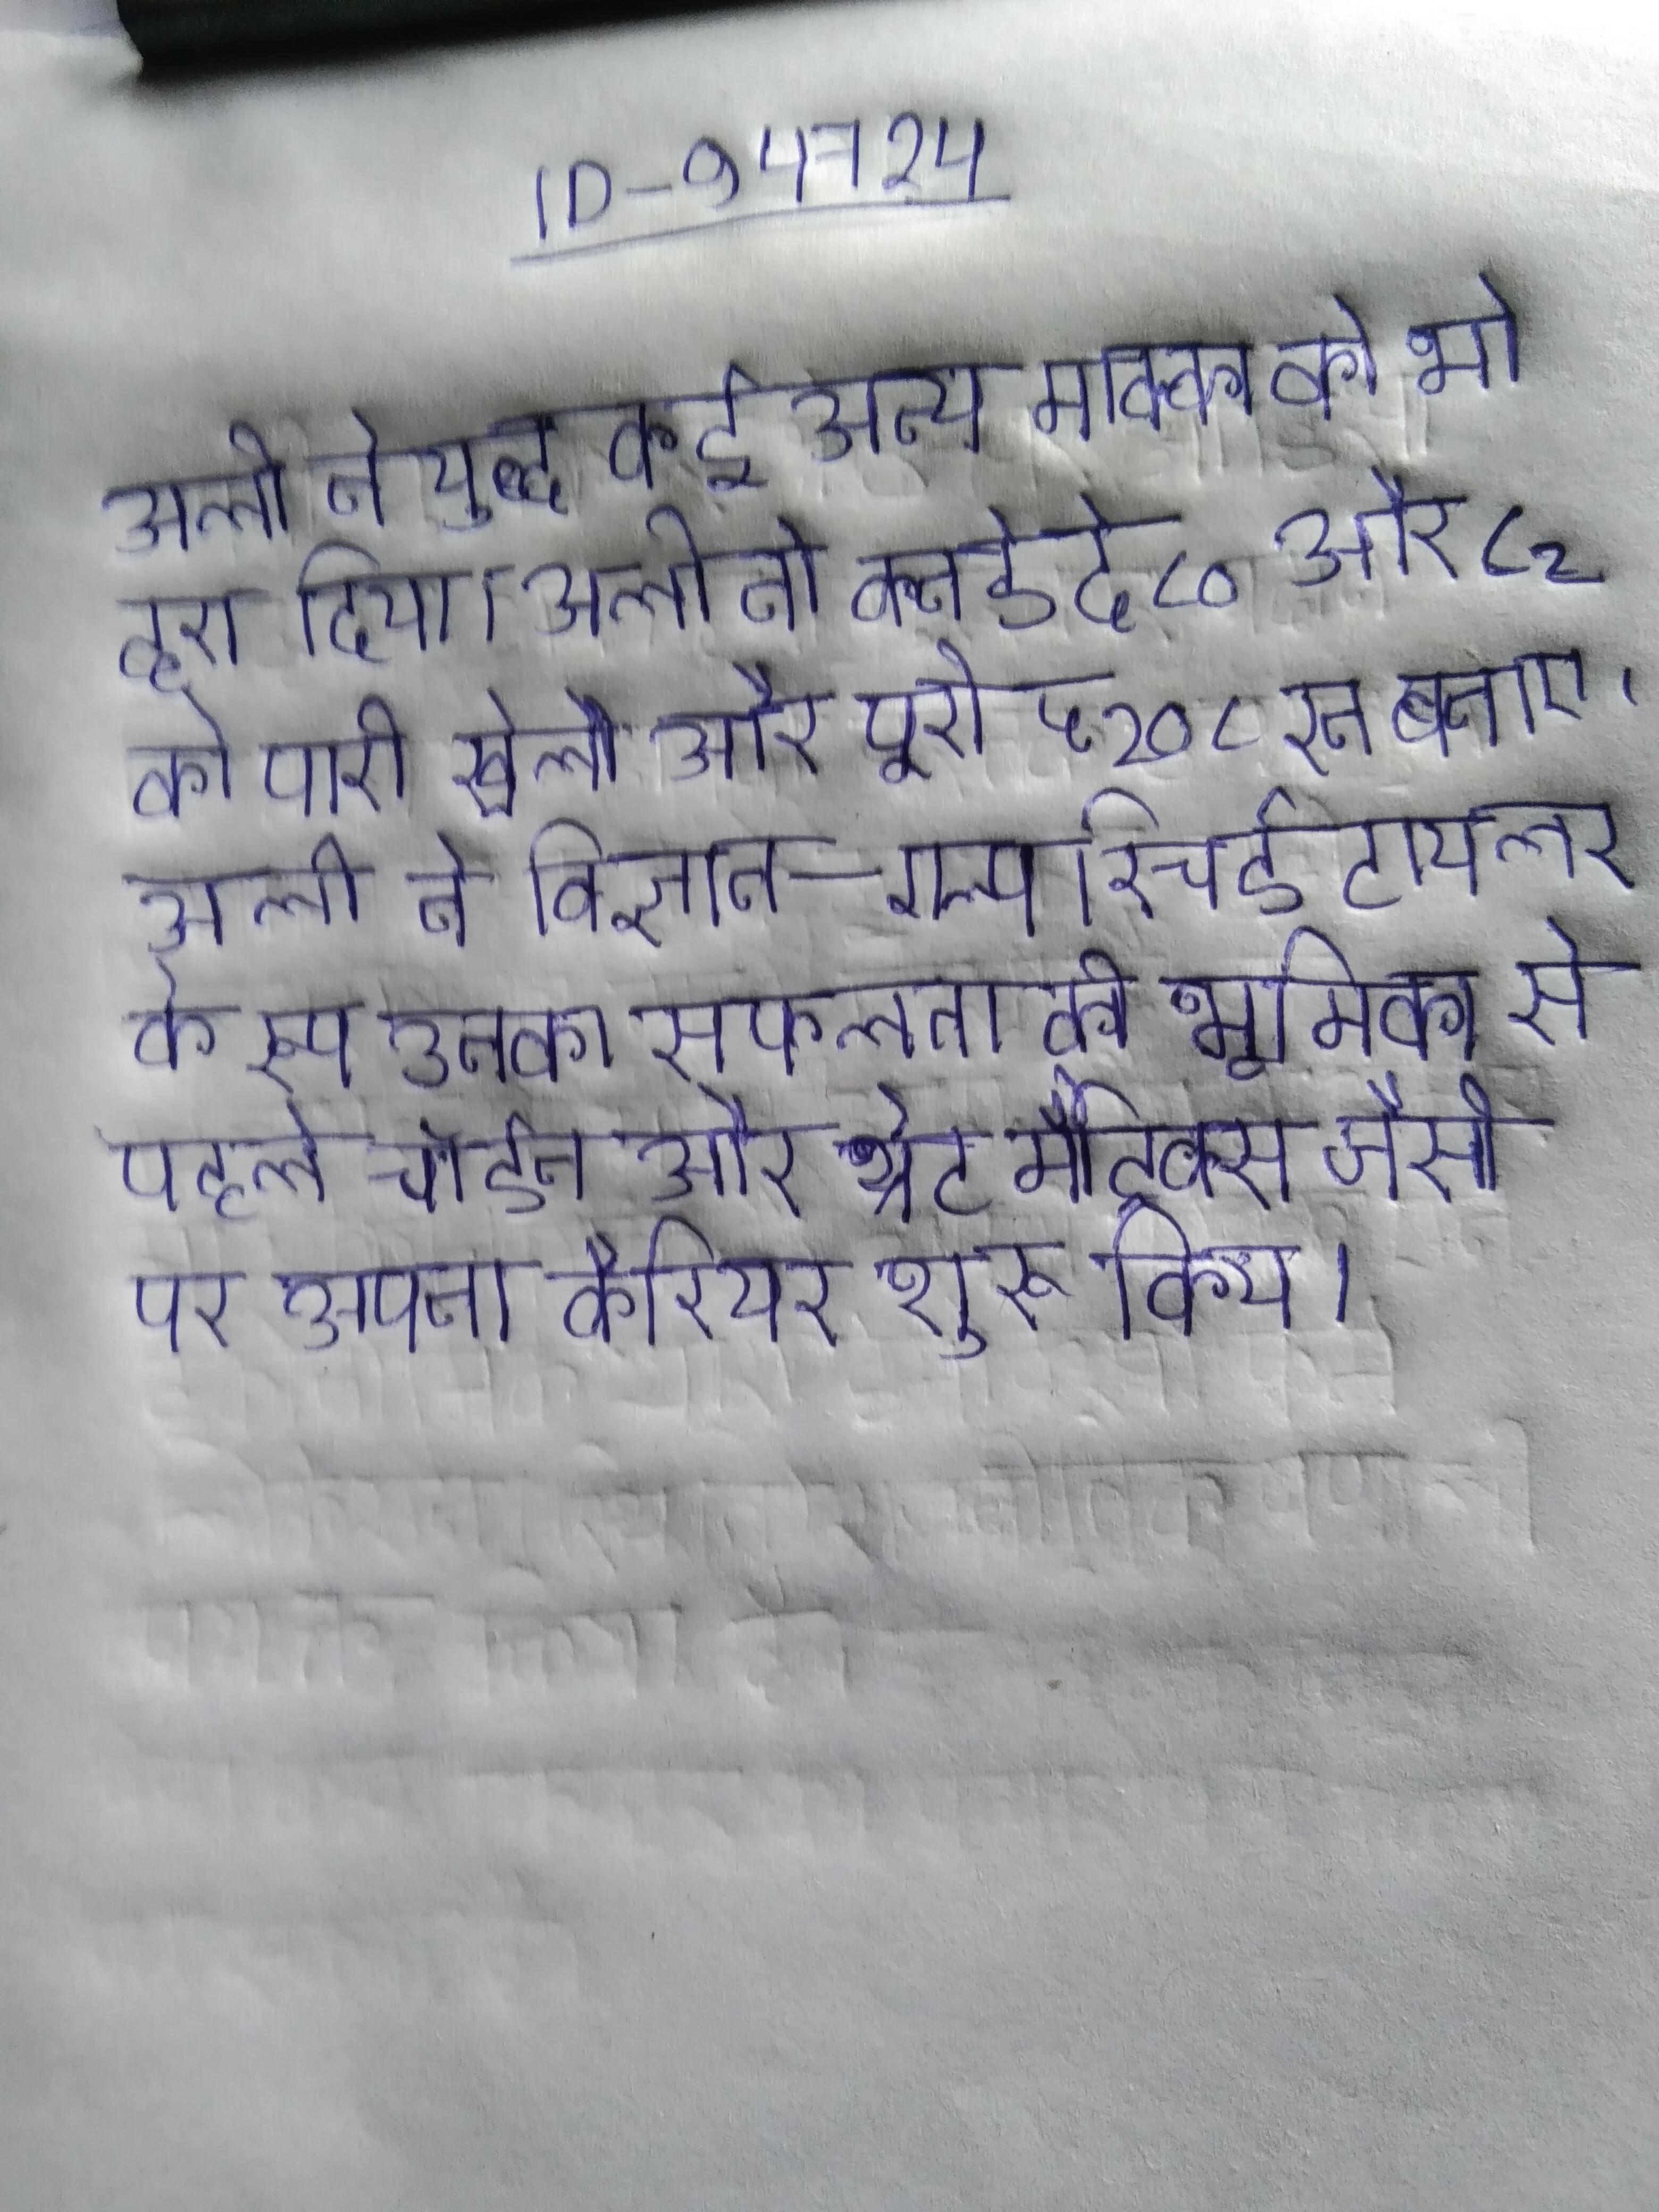
अली ने युद्ध कई अन्य मक्का को भी हरा दिया । अली ने वनडे दो ८० और ८२ की पारी खेली और पूरी ५ २०८ रन बनाए । अली ने विज्ञान-गल्प रिचर्ड टायलर के रूप उनकी सफलता की भूमिका से पहले जॉर्डन और थ्रेट मैट्रिक्स जैसी पर अपना कैरियर शुरू किया ।